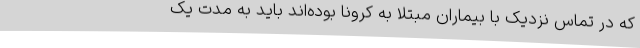
که در تماس نزدیک با بیماران مبتلا به کرونا بوده‌اند باید به مدت یک